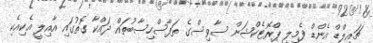
ޗައިލްޑް އެންޑް ފެމިލީ ޕްރޮޓެކްޝަން ސާވިސްގެ ތަފާސްހިސާބުތައް ދައްކާ ގޮތުގައި އާއިލީ އެކިއެކި